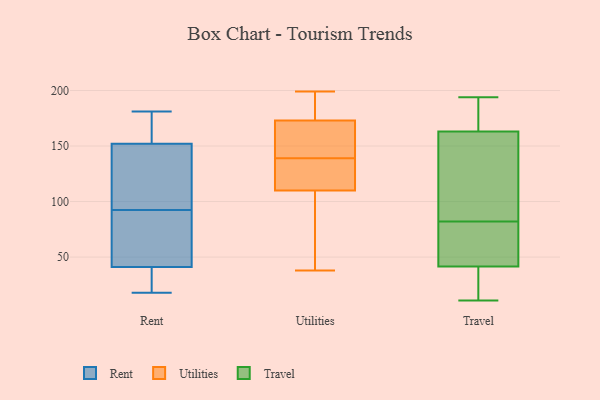
{"axis": {"x": "Active Users", "y": "Value"}, "legend": ["Rent", "Travel", "Utilities"], "data": [{"x": "", "y": 130, "type": "Rent"}, {"x": "", "y": 56, "type": "Rent"}, {"x": "", "y": 18, "type": "Rent"}, {"x": "", "y": 178, "type": "Rent"}, {"x": "", "y": 52, "type": "Rent"}, {"x": "", "y": 108, "type": "Rent"}, {"x": "", "y": 160, "type": "Rent"}, {"x": "", "y": 41, "type": "Rent"}, {"x": "", "y": 22, "type": "Rent"}, {"x": "", "y": 152, "type": "Rent"}, {"x": "", "y": 101, "type": "Rent"}, {"x": "", "y": 34, "type": "Rent"}, {"x": "", "y": 181, "type": "Rent"}, {"x": "", "y": 84, "type": "Rent"}, {"x": "", "y": 38, "type": "Utilities"}, {"x": "", "y": 95, "type": "Utilities"}, {"x": "", "y": 121, "type": "Utilities"}, {"x": "", "y": 162, "type": "Utilities"}, {"x": "", "y": 135, "type": "Utilities"}, {"x": "", "y": 143, "type": "Utilities"}, {"x": "", "y": 110, "type": "Utilities"}, {"x": "", "y": 131, "type": "Utilities"}, {"x": "", "y": 199, "type": "Utilities"}, {"x": "", "y": 173, "type": "Utilities"}, {"x": "", "y": 179, "type": "Utilities"}, {"x": "", "y": 190, "type": "Utilities"}, {"x": "", "y": 66, "type": "Utilities"}, {"x": "", "y": 143, "type": "Utilities"}, {"x": "", "y": 71, "type": "Travel"}, {"x": "", "y": 23, "type": "Travel"}, {"x": "", "y": 161, "type": "Travel"}, {"x": "", "y": 194, "type": "Travel"}, {"x": "", "y": 169, "type": "Travel"}, {"x": "", "y": 183, "type": "Travel"}, {"x": "", "y": 82, "type": "Travel"}, {"x": "", "y": 105, "type": "Travel"}, {"x": "", "y": 25, "type": "Travel"}, {"x": "", "y": 28, "type": "Travel"}, {"x": "", "y": 130, "type": "Travel"}, {"x": "", "y": 11, "type": "Travel"}, {"x": "", "y": 75, "type": "Travel"}, {"x": "", "y": 46, "type": "Travel"}, {"x": "", "y": 141, "type": "Travel"}, {"x": "", "y": 68, "type": "Travel"}, {"x": "", "y": 182, "type": "Travel"}]}